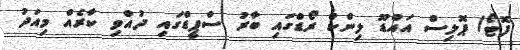
ފޮޓޯ/ ޕޮލިސް އައްޑޫ ލިންކް ރޯޑްގައި ބާރު ސްޕީޑްގައި ދުއްވި ކާރެއް މިއަދު